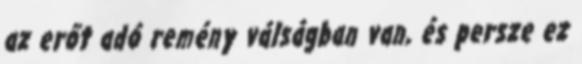
az erőt adó remény válságban van, és persze ez